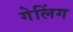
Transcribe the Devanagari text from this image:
गेलिंग